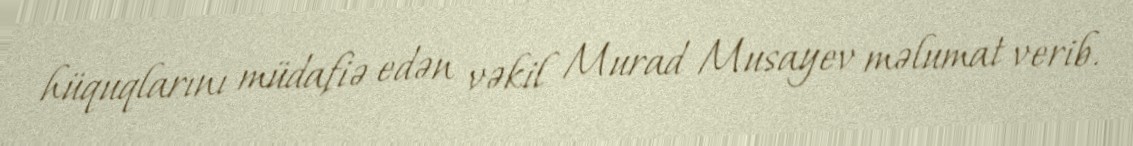
hüquqlarını müdafiə edən vəkil Murad Musayev məlumat verib.